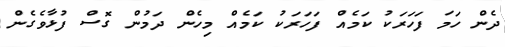
ދެން ހަމަ ފަހަރަކު ކަމެއް ފަހަރަކު ކަމެއް މިހެން ދަމުން ގޮސް ފުޅާވެގެން